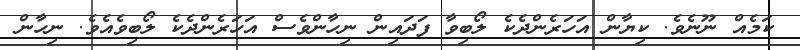
ކަމެއް ނޫނެވެ. ކިޔާން އަހަރެންދެކެ ލޯބިވާ ފަދައިން ނިހާންވެސް އަހަރެންދެކެ ލޯބިވެއެވެ. ނިހާން